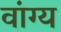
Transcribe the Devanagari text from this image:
वांग्य